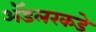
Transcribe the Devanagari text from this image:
ॲडलरकडे